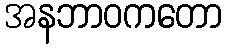
အနဘာဝကတော